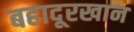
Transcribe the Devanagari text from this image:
बहादूरखान